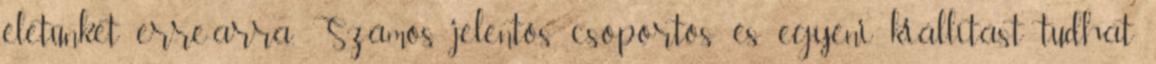
életünket erre-arra. Számos jelentős csoportos és egyéni kiállítást tudhat